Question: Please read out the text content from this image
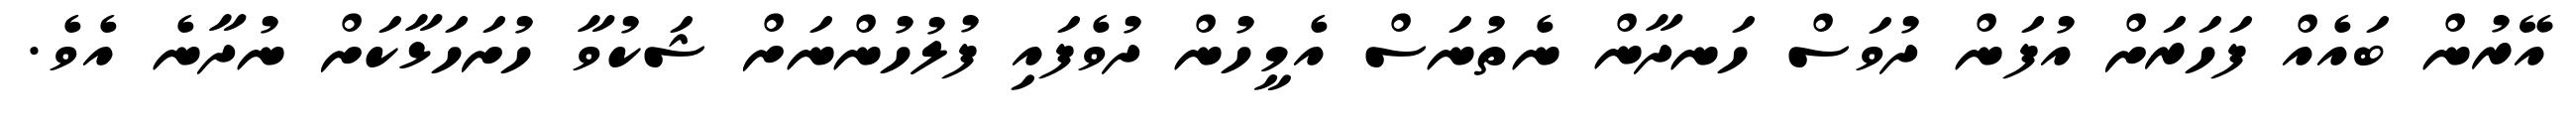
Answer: އޭރުން ބައެއް ފަހަރަށް އުފަން ދުވަސް ހަނދާން ނެތުނަސް އެމީހުން ދުވެފައި ފުލުހުންނަށް ޝަކުވާ ހުށަހަޅާކަށް ނުދާނެ އެވެ.